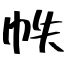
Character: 帙